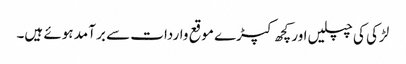
لڑکی کی چپلیں اور کچھ کپڑے موقع واردات سے بر آمد ہوئے ہیں۔